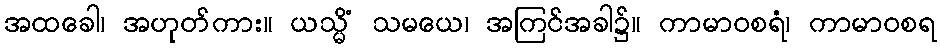
အထခေါ၊ အဟုတ်ကား။ ယသ္မိံ သမယေ၊ အကြင်အခါ၌။ ကာမာဝစရံ၊ ကာမာဝစရ